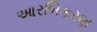
આરબિકરણ